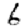
Digit: 6